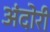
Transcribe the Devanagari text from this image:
अंदोरी